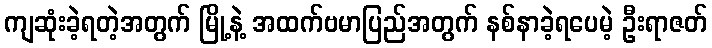
ကျဆုံးခဲ့ရတဲ့အတွက် မြို့နဲ့ အထက်ဗမာပြည်အတွက် နစ်နာခဲ့ရပေမဲ့ ဦးရာဇတ်